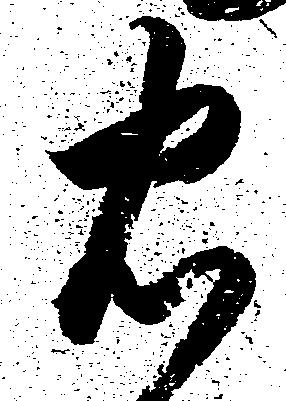
忠